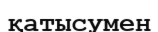
қатысумен